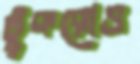
টুকরোও